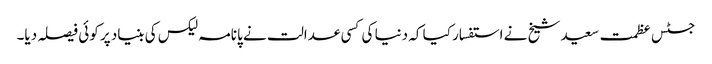
جسٹس عظمت سعید شیخ نے استفسار کیا کہ دنیا کی کسی عدالت نے پانامہ لیکس کی بنیاد پر کوئی فیصلہ دیا۔